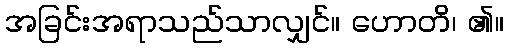
အခြင်းအရာသည်သာလျှင်။ ဟောတိ၊ ၏။